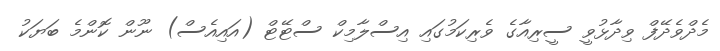
މެދްވެދޭފް ވިދާޅުވީ ސީރިއާގެ ވެރިކަމުގައި އިސްލާމިކް ސްޓޭޓް (އައިއެސް) ނޫން ކޮންމެ ބަޔަކު